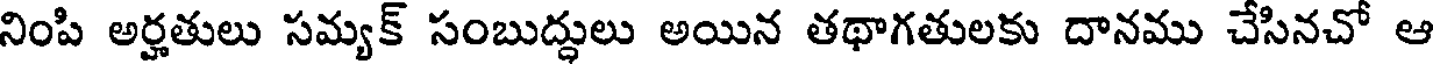
నింపి అర్హతులు సమ్యక్ సంబుద్ధులు అయిన తథాగతులకు దానము చేసినచో ఆ